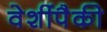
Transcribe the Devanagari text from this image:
वेशींपैकी